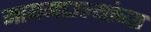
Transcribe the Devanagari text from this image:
मायमाउल्यांच्या